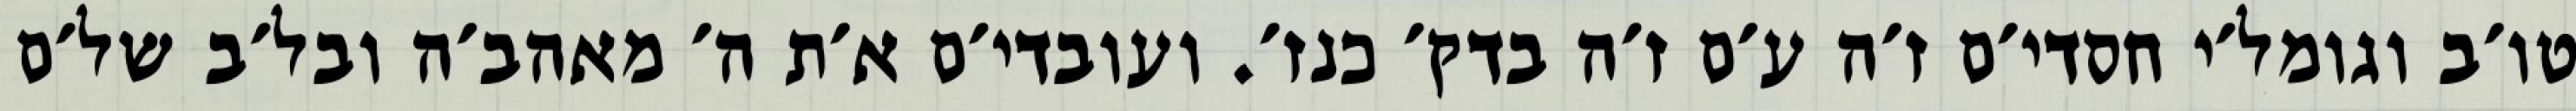
טו׳ב וגומל׳י חסדי׳ם ז׳ה ע׳ם ז׳ה בדק׳ כנז׳. ועובדי׳ם א׳ת ה׳ מאהב׳ה ובל׳ב של׳ם